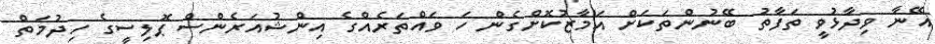
އޭނާ ވިދާޅުވީ ތަފާތު ބޭނުންތަކަށް އަމާޒުކޮށްގެން ހަ ވައްތަރެއްގެ އިންޝުއަރެންސް ޕޮލިސީގެ ހިދުމަތް